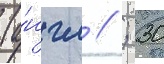
(а́нгл // ; 30